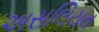
અસલિયત